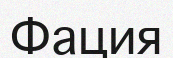
Фация